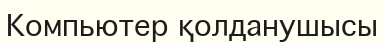
Компьютер қолданушысы